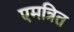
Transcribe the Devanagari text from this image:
एमत्रित